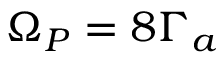
\Omega _ { P } = 8 \Gamma _ { a }